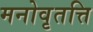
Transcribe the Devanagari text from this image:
मनोवृतत्ति